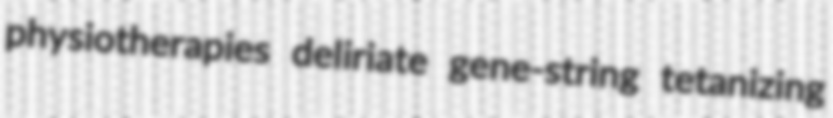
physiotherapies deliriate gene-string tetanizing